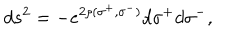
d s ^ { 2 } = - e ^ { 2 \rho ( \sigma ^ { + } , \sigma ^ { - } ) } d \sigma ^ { + } d \sigma ^ { - } ,